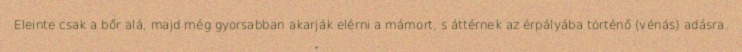
Eleinte csak a bőr alá, majd még gyorsabban akarják elérni a mámort, s áttérnek az érpályába történő (vénás) adásra.